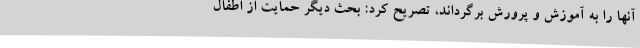
آنها را به آموزش و پرورش برگرداند، تصریح کرد: بحث دیگر حمایت از اطفال